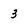
Character: 3